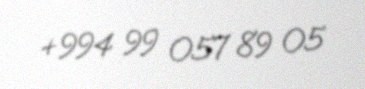
+994 99 057 89 05